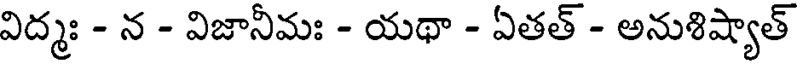
విద్మః - న - విజానీమః - యథా - ఏతత్ - అనుశిష్యాత్